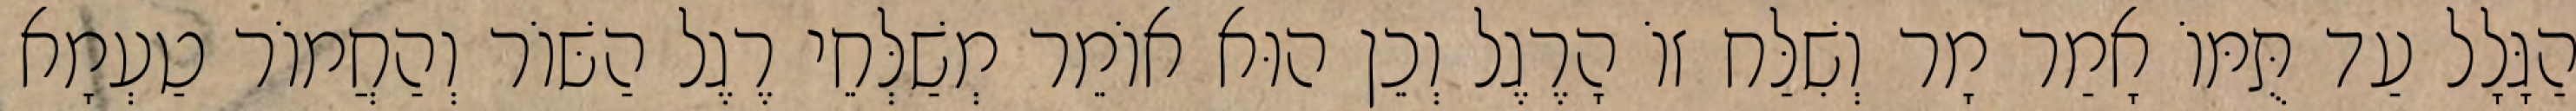
הַגָּלָל עַד תֻּמּוֹ אָמַר מָר וְשִׁלַּח זוֹ הָרֶגֶל וְכֵן הוּא אוֹמֵר מְשַׁלְּחֵי רֶגֶל הַשּׁוֹר וְהַחֲמוֹר טַעְמָא